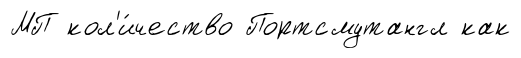
МП кол'и́чество Портсмутангл как